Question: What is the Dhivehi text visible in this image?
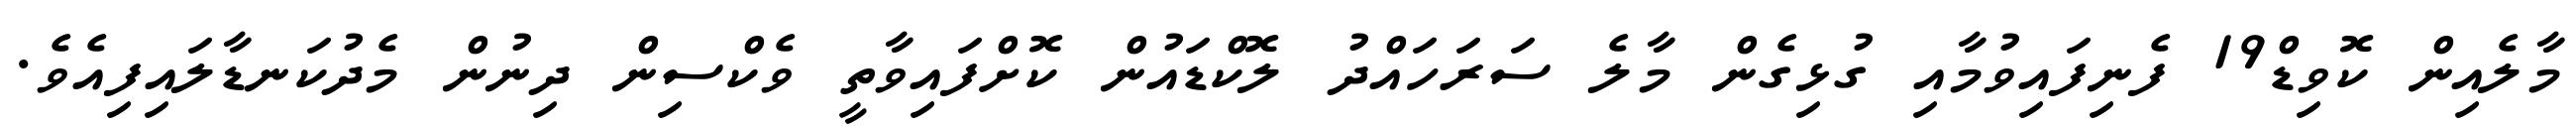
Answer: މާލެއިން ކޮވިޑް19 ފެނިފައިވުމާއި ގުޅިގެން މާލެ ސަރަހައްދު ލޮކްޑައުން ކޮށްފައިވާތީ ވެކްސިން ދިނުން މެދުކަނޑާލައިފިއެވެ.